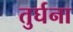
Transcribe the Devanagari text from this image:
तुर्घना